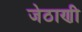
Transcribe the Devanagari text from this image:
जेठाणी